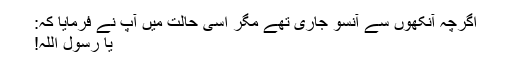
اگرچہ آنکھوں سے آنسو جاری تھے مگر اسی حالت میں آپ نے فرمایا کہ:
یا رسول اللہ!